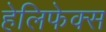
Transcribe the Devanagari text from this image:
हेलिफेक्स